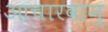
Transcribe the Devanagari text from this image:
आचारवान्